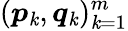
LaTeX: (\boldsymbol{p}_{\mathit{k}},\boldsymbol{q}_{\mathit{k}})_{\mathit{k}=1}^{m}